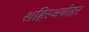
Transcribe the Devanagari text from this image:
शहिरअबोहर